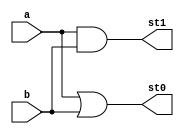
module pandgterms(a,b,st1,st0);

input a,b; 
output st1,st0; 
assign #1 st1=a&b; 
assign #1 st0=a|b; 

endmodule

module starop(cs1,cs0,ps1,ps0,o1,o0); 
input cs1,cs0,ps1,ps0; 
output o1,o0; 

assign #2 o1 = cs1 | (cs0 & ps1); 
assign #2 o0 = cs1 | (cs0 & ps0); 

endmodule

module bitXor(a,b,c,out); 
input a,b,c; 
output out; 

assign #6 out = a^b^c; 

endmodule

module CLA(X,Y,Co,S);
input [3:0]X,Y; 
output [3:0]S; 
output Co; 
wire [3:0]st1; 
wire [3:0]st0;

pandgterms a0(X[0],Y[0],st1[0],st0[0] );
pandgterms a1(X[1],Y[1],st1[1],st0[1] );
pandgterms a2(X[2],Y[2],st1[2],st0[2] );
pandgterms a3(X[3],Y[3],st1[3],st0[3] );

wire [3:0]l01; 
wire [3:0]l00; 

starop b0(st1[0],st0[0],1'b0,1'b0,l01[0],l00[0]);
starop b1(st1[1],st0[1],st1[0],st0[0],l01[1],l00[1]);
starop b2(st1[2],st0[2],st1[1],st0[1],l01[2],l00[2]);
starop b3(st1[3],st0[3],st1[2],st0[2],l01[3],l00[3]);


wire [3:0]l11; 
wire [3:0]l10;

assign l11[0] = l01[0]; 
assign l10[0] = l00[0]; 
starop c10(l01[1],l00[1],1'b0,1'b0,l11[1],l10[1]);
starop c11(l01[2],l00[2],l01[0],l00[0],l11[2],l10[2]);
starop c12(l01[3],l00[3],l01[1],l00[1],l11[3],l10[3]);

wire [3:0]l21; 
wire [3:0]l20;

assign l21[0] = l11[0]; 
assign l20[0] = l10[0]; 
assign l21[1] = l11[1]; 
assign l20[1] = l10[1]; 
assign l21[2] = l11[2]; 
assign l20[2] = l10[2]; 
starop c20(l11[3],l10[3],1'b0,1'b0,l21[3],l20[3]);

bitXor x0( X[0], Y[0], 1'b0, S[0] );
bitXor x1( X[1], Y[1], l21[0], S[1] );
bitXor x2( X[2], Y[2], l21[1], S[2] );
bitXor x3( X[3], Y[3], l21[2], S[3] );
assign Co = l21[3];

endmodule